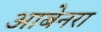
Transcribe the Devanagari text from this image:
आबेनरा